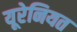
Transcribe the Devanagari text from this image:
यूरेनियत